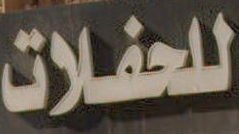
للحفلات